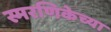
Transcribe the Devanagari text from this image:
स्मरणिकेच्या